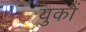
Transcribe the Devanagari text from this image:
युकों